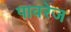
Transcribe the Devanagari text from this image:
पावरेज